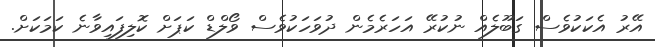
އޭރު އެކަކުވެސް ގަބޫލެއް ނުކުރޭ އަހަރެމެން ދުވަހަކުވެސް ވޯލްޑް ކަޕަށް ކޮލިފައިވާނެ ކަމަކަށް.